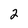
Character: 2